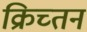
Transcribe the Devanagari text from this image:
क्रिच्तन